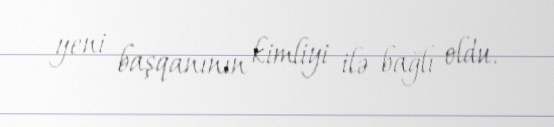
yeni başqanının kimliyi ilə bağlı oldu.